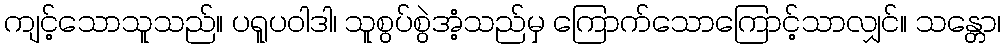
ကျင့်သောသူသည်။ ပရူပဝါဒါ၊ သူစွပ်စွဲအံ့သည်မှ ကြောက်သောကြောင့်သာလျှင်။ သန္တော၊